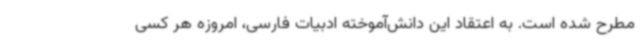
مطرح شده است. به اعتقاد این دانش‌آموخته ادبیات فارسی، امروزه هر کسی